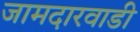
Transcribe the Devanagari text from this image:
जामदारवाडी